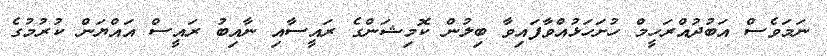
ނަމަވެސް އަބުދުއްރަހީމް ހުށަހަޅުއްވާފައިވާ ބިލުން ކޮމިޝަންގެ ރައީސާއި ނާއިބު ރައީސް އައްޔަން ކުރުމުގެ